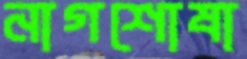
নাগশোষা